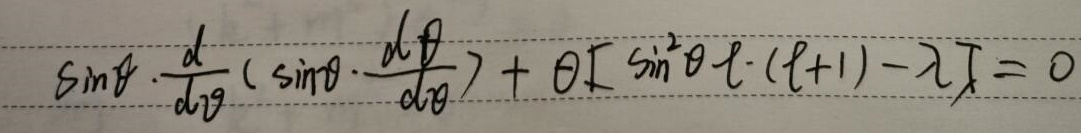
\[
\sin\theta\cdot\frac{d}{d\theta}\left(\sin\theta\cdot\frac{d\Theta}{d\theta}\right)+\Theta\left[\sin^{2}\theta\ell\cdot(\ell + 1)-\lambda\right]=0
\]